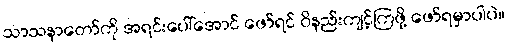
သာသနာတော်ကို အရင်းပေါ်အောင် ဖော်ရင် ဝိနည်းကျင့်ကြဖို့ ဖော်ရမှာပါပဲ။